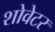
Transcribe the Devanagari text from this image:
शोवेटर